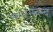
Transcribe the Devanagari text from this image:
कलमबन्द